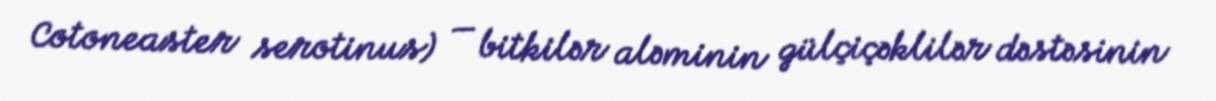
Cotoneaster serotinus) — bitkilər aləminin gülçiçəklilər dəstəsinin